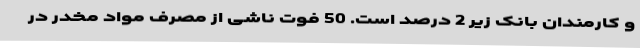
و کارمندان بانک زیر 2 درصد است. 50 فوت ناشی از مصرف مواد مخدر در